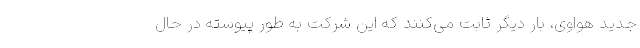
جدید هواوی، بار دیگر ثابت می‌کنند که این شرکت به‌ طور پیوسته در حال